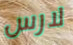
لارس